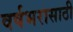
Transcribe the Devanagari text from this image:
वर्षभरासाठी